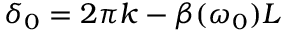
\delta _ { 0 } = 2 \pi k - \beta ( \omega _ { 0 } ) L